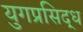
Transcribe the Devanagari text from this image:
युगप्रसिद्ध